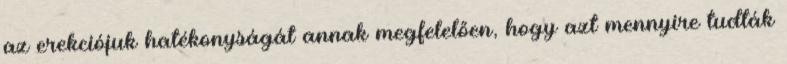
az erekciójuk hatékonyságát annak megfelelően, hogy azt mennyire tudták